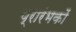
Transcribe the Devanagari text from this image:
प्रारंभकों